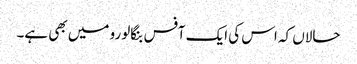
حالاں کہ اس کی ایک آفس بنگالورو میں بھی ہے۔